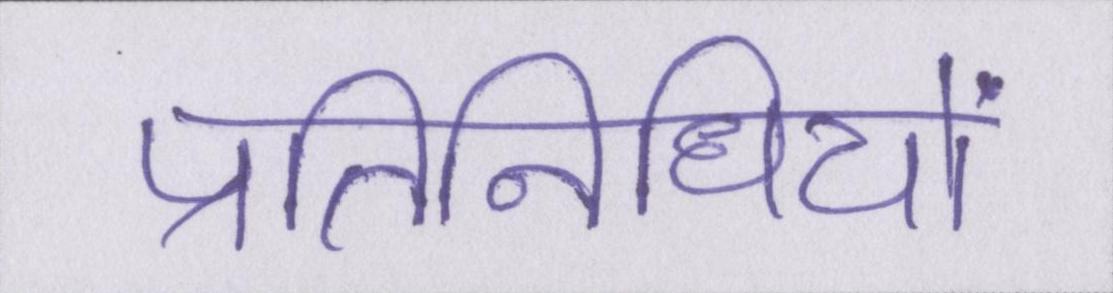
प्रतिनिधियों